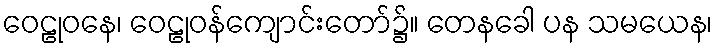
ဝေဠုဝနေ၊ ဝေဠုဝန်ကျောင်းတော်၌။ တေနခေါ ပန သမယေန၊